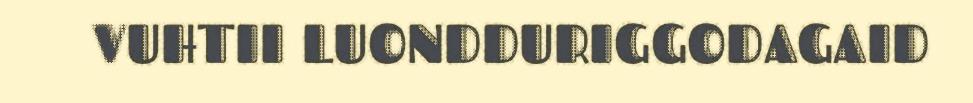
VUHTII LUONDDURIGGODAGAID